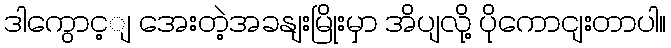
ဒါကွောင့ျ အေးတဲ့အခနျးမြိုးမှာ အိပျလို့ ပိုကောငျးတာပါ။